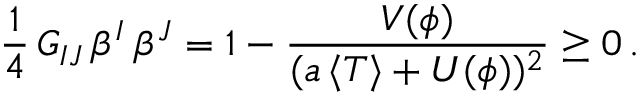
{ \frac { 1 } { 4 } } \, G _ { I J } \, \beta ^ { I } \, \beta ^ { J } = 1 - { \frac { V ( \phi ) } { ( a \, \langle T \rangle + U ( \phi ) ) ^ { 2 } } } \geq 0 \, .